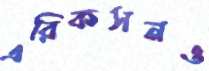
এরিকসনও